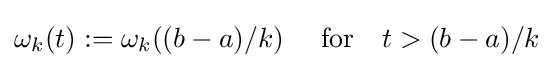
\omega _{k}(t):=\omega _{k}((b-a)/k)\quad {\text{ for}}\quad t>(b-a)/k